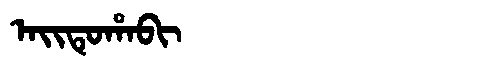
Manchu: ᠠᡳᡨᡠᡥᠠᠪᡳ
Romanization: AITUHABI